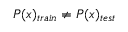
P ( x ) _ { t r a i n } \neq P ( x ) _ { t e s t }